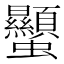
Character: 𧖙